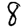
Digit: 8